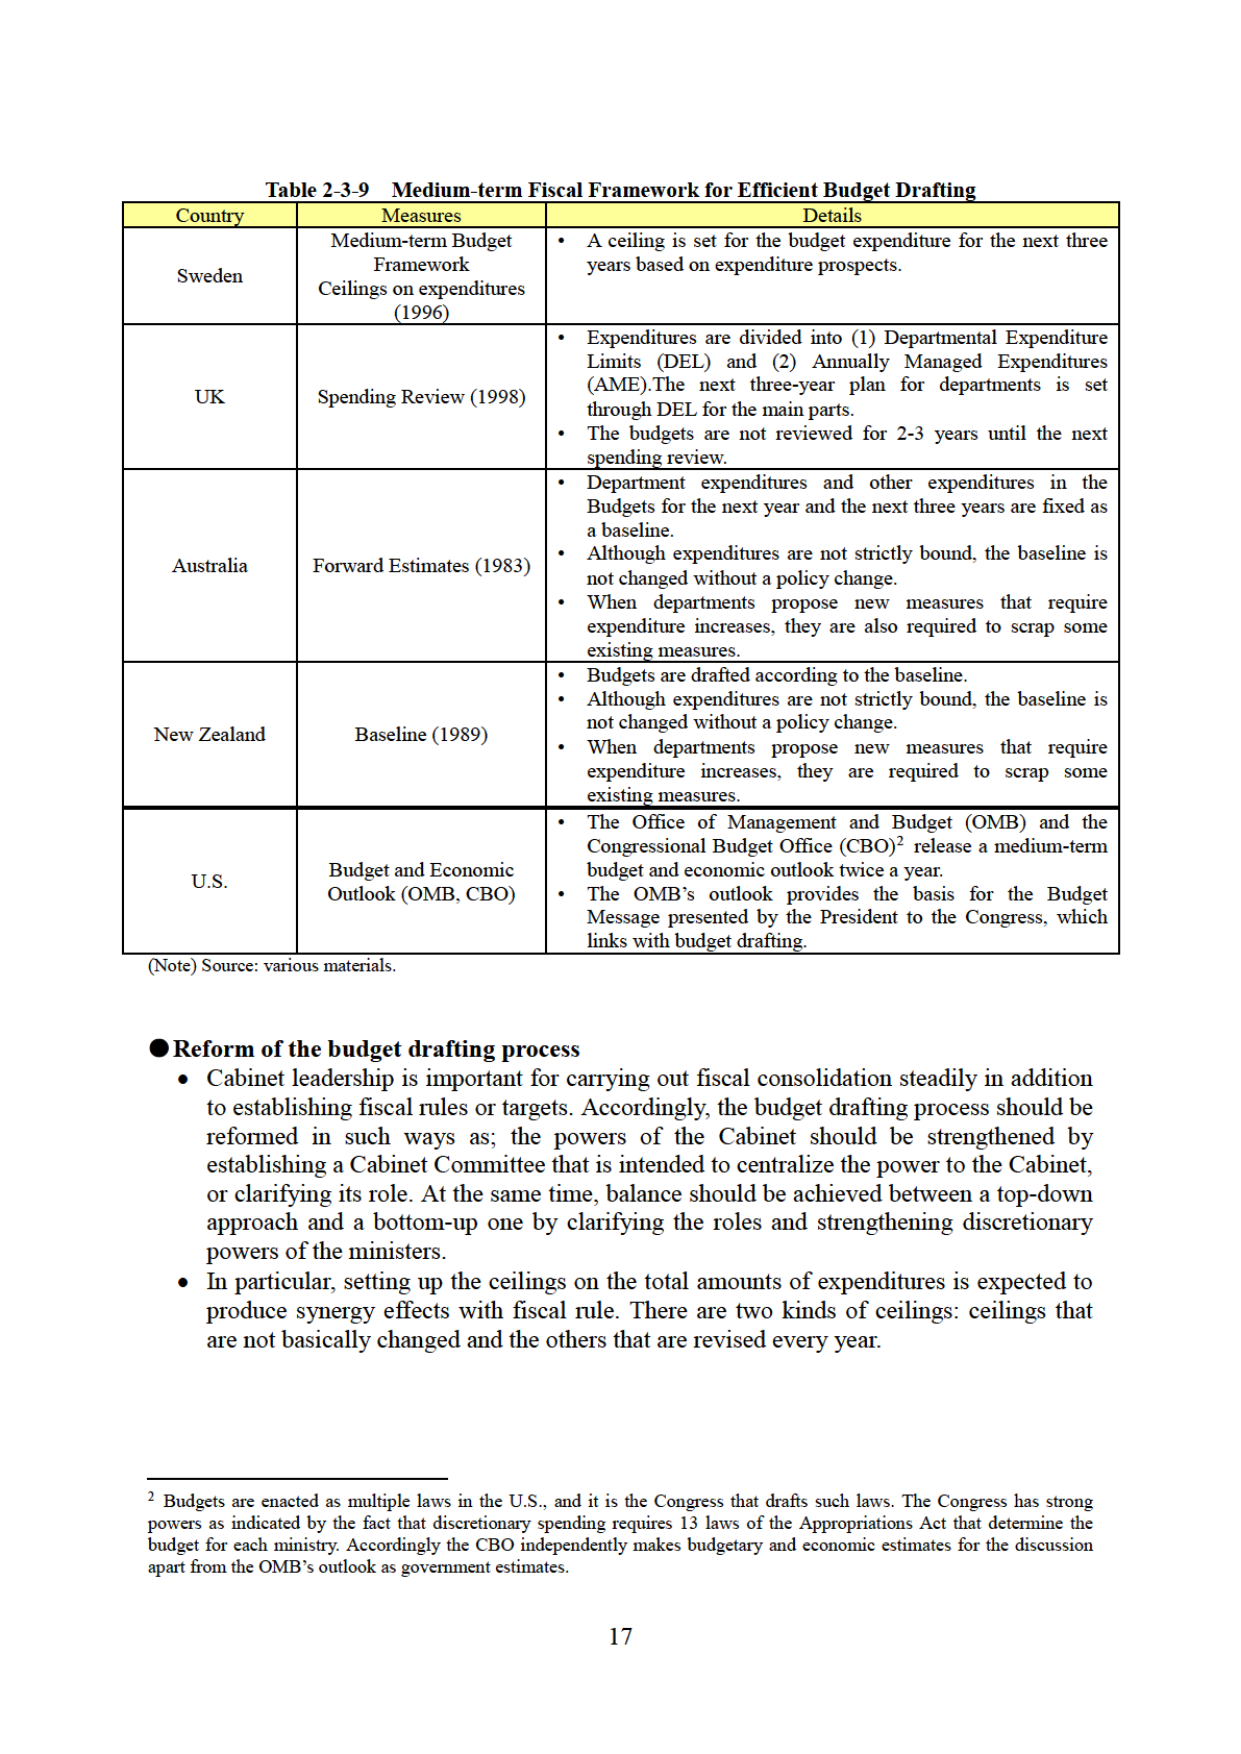
Table 2-3-9 Medium-term Fiscal Framework for Efficient Budget Drafting

Country Measures Details
Sweden Medium-term Budget Framework Ceilings on expenditures (1996) • A ceiling is set for the budget expenditure for the next three years based on expenditure prospects.
UK Spending Review (1998) • Expenditures are divided into (1) Departmental Expenditure Limits (DEL) and (2) Annually Managed Expenditures (AME). The next three-year plan for departments is set through DEL for the main parts. • The budgets are not reviewed for 2-3 years until the next spending review.
Australia Forward Estimates (1983) • Department expenditures and other expenditures in the Budgets for the next year and the next three years are fixed as a baseline. • Although expenditures are not strictly bound, the baseline is not changed without a policy change. • When departments propose new measures that require expenditure increases, they are also required to scrap some existing measures.
New Zealand Baseline (1989) • Budgets are drafted according to the baseline. • Although expenditures are not strictly bound, the baseline is not changed without a policy change. • When departments propose new measures that require expenditure increases, they are required to scrap some existing measures.
U.S. Budget and Economic Outlook (OMB, CBO) • The Office of Management and Budget (OMB) and the Congressional Budget Office (CBO)² release a medium-term budget and economic outlook twice a year. • The OMB’s outlook provides the basis for the Budget Message presented by the President to the Congress, which links with budget drafting.

(Note) Source: various materials.

● Reform of the budget drafting process
• Cabinet leadership is important for carrying out fiscal consolidation steadily in addition to establishing fiscal rules or targets. Accordingly, the budget drafting process should be reformed in such ways as; the powers of the Cabinet should be strengthened by establishing a Cabinet Committee that is intended to centralize the power to the Cabinet, or clarifying its role. At the same time, balance should be achieved between a top-down approach and a bottom-up one by clarifying the roles and strengthening discretionary powers of the ministers.
• In particular, setting up the ceilings on the total amounts of expenditures is expected to produce synergy effects with fiscal rule. There are two kinds of ceilings: ceilings that are not basically changed and the others that are revised every year.

² Budgets are enacted as multiple laws in the U.S., and it is the Congress that drafts such laws. The Congress has strong powers as indicated by the fact that discretionary spending requires 13 laws of the Appropriations Act that determine the budget for each ministry. Accordingly the CBO independently makes budgetary and economic estimates for the discussion apart from the OMB’s outlook as government estimates.

17